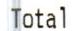
TOTAL